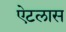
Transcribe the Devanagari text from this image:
ऐटलास